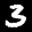
Label: 3